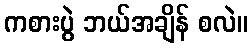
ကစားပွဲ ဘယ်အချိန် စလဲ။